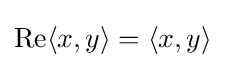
\operatorname {Re} \langle x,y\rangle =\langle x,y\rangle